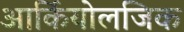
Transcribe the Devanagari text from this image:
आर्कियोलजिक